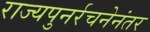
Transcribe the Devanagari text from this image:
राज्यपुनर्रचनेनंतर